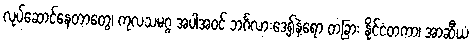
လုပ်ဆောင်နေတာတွေ၊ ကုလသမဂ္ဂ အပါအဝင် ဘင်္ဂလားဒေ့ရှ်နဲ့ရော တခြား နိုင်ငံတကာ၊ အာဆီယံ